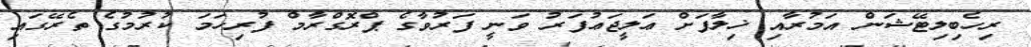
ރިހެބިލިޓޭޝަން އަމުރާއި ޚިލާފަށް ޢަލީޖަޢުފަރު ވަނީ ފަރުވާގެ ޕްރޮގްރާމް ފުރިހަމަ ކުރުމުގެ ތެރޭގައި